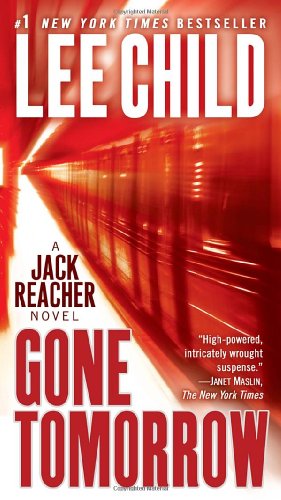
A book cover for Gone Tomorrow (Jack Reacher); Lee Child; Mystery, Thriller & Suspense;